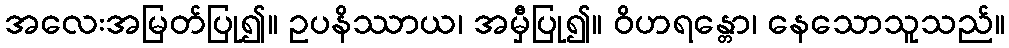
အလေးအမြတ်ပြု၍။ ဥပနိဿာယ၊ အမှီပြု၍။ ဝိဟရန္တော၊ နေသောသူသည်။